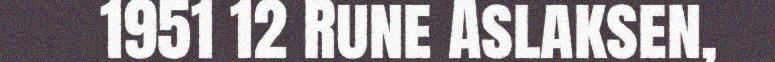
1951 12 Rune Aslaksen,